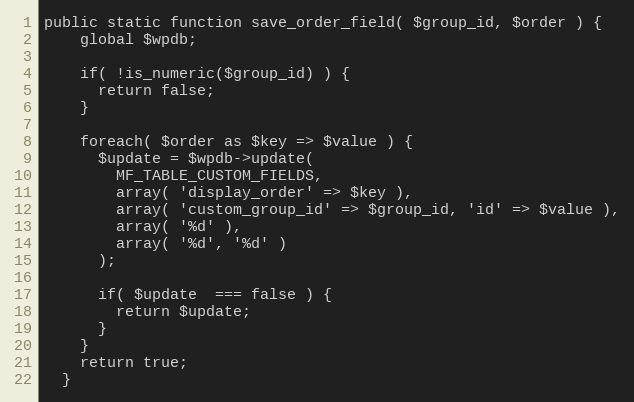
Language: PHP
public static function save_order_field( $group_id, $order ) {
    global $wpdb;

    if( !is_numeric($group_id) ) {
      return false;
    }

    foreach( $order as $key => $value ) {
      $update = $wpdb->update(
        MF_TABLE_CUSTOM_FIELDS,
        array( 'display_order' => $key ),
        array( 'custom_group_id' => $group_id, 'id' => $value ),
        array( '%d' ),
        array( '%d', '%d' )
      );

      if( $update  === false ) {
        return $update;
      }
    }
    return true;
  }